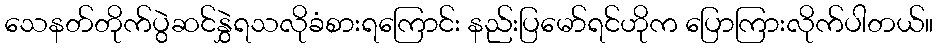
သေနတ်တိုက်ပွဲဆင်နွှဲရသလိုခံစားရကြောင်း နည်းပြမော်ရင်ဟိုက ပြောကြားလိုက်ပါတယ်။